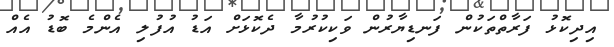
އިދިކޮޅު ފަރާތްތަކުން ފަނޑިޔާރުން ވަކިކުރުމާ ދެކޮޅަށް އަޑު އުފުލި އެންމެ ބޮޑު އެއް